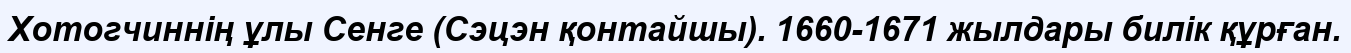
Хотогчиннің ұлы Сенге (Сэцэн қонтайшы). 1660-1671 жылдары билік құрған.